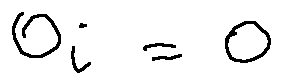
o _ { i } = 0